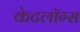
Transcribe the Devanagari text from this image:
केटलॉग्स